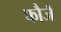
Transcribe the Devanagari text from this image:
फौजैं